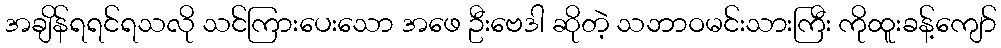
အချိန်ရရင်ရသလို သင်ကြားပေးသော အဖေ ဦးဗေဒါ ဆိုတဲ့ သဘာဝမင်းသားကြီး ကိုထူးခန့်ကျော်